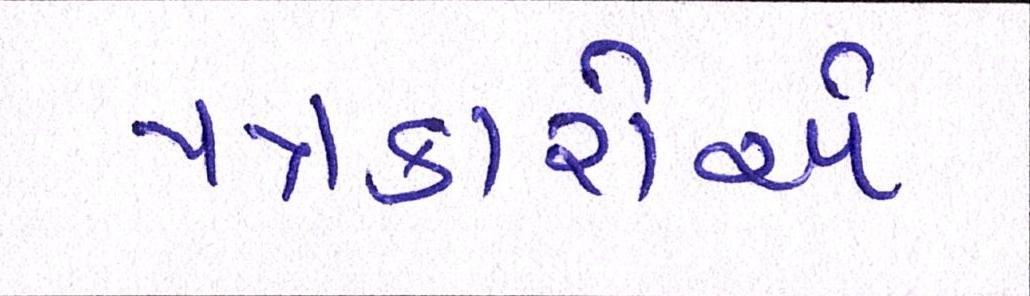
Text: પત્રકારોએ